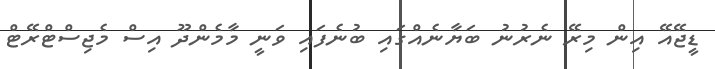
ޑީޖޭއޭ އިން މިރޭ ނެރުނު ބަޔާނެއްގައި ބުނެފައި ވަނީ މާމެންދޫ އިސް މެޖިސްޓްރޭޓް